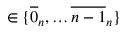
\in \{ { \overline { { 0 } } _ { n } } , \dots { \overline { { n - 1 } } _ { n } } \}